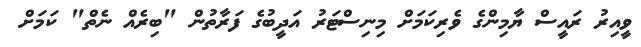
ވީއިރު ރައީސް ޔާމިންގެ ވެރިކަމަށް މިނިސްޓަރު އަދީބުގެ ފަރާތުން "ބިރެއް ނެތް" ކަމަށް